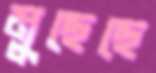
মুছেছে